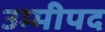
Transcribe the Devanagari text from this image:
उम्मीपद